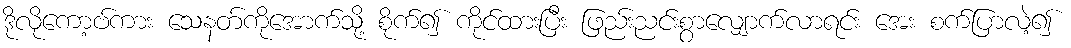
ဒိုလိုကော့ဗ်ကား သေနတ်ကိုအောက်သို့ စိုက်၍ ကိုင်ထားပြီး ဖြည်းညင်းစွာလျှောက်လာရင်း အေး စက်ပြာလဲ့၍